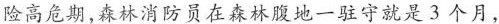
险高危期，森林消防员在森林腹地一驻守就是3个月，